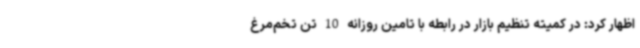
اظهار کرد: در کمیته تنظیم بازار در رابطه با تامین روزانه 10 تن تخم‌مرغ